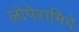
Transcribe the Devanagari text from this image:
लोपेरामिदे